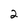
Character: 2